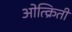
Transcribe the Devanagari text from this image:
ओत्क्रिती